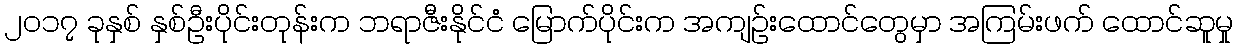
၂၀၁၇ ခုနှစ် နှစ်ဦးပိုင်းတုန်းက ဘရာဇီးနိုင်ငံ မြောက်ပိုင်းက အကျဉ်းထောင်တွေမှာ အကြမ်းဖက် ထောင်ဆူမှု